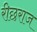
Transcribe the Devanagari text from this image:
रीछराज